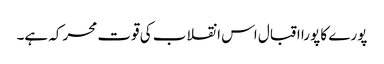
پورے کا پورا اقبال اس انقلاب کی قوت محرکہ ہے۔